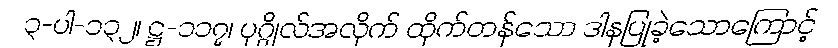
၃-ပါ-၁၃၂၊ ဋ္ဌ-၁၁၇၊ ပုဂ္ဂိုလ်အလိုက် ထိုက်တန်သော ဒါနပြုခဲ့သောကြောင့်